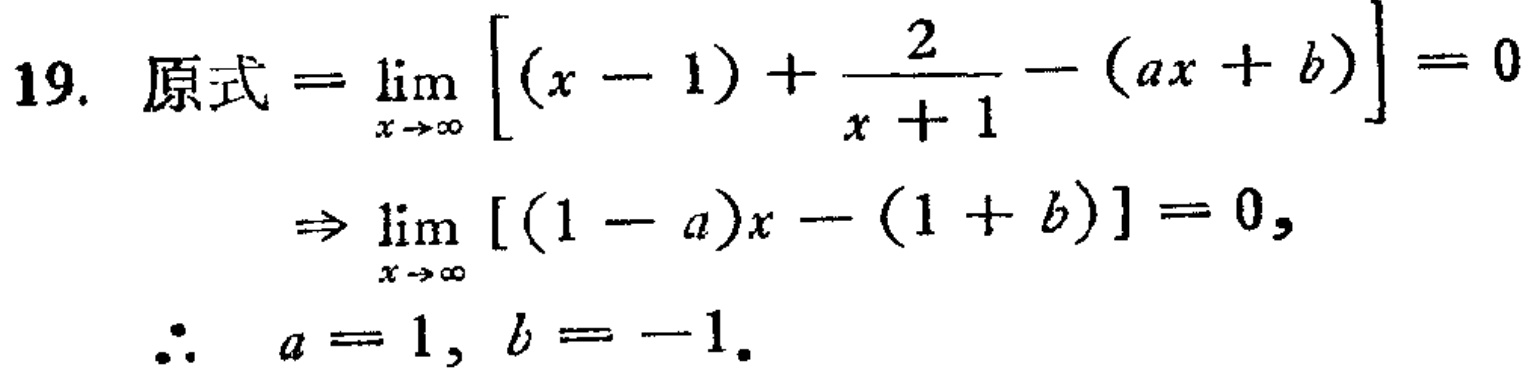
\[
\begin{align*}
19.\ 原式&=\lim_{x \to \infty} \left[(x - 1)+\frac{2}{x + 1}-(ax + b)\right]=0\\
&\Rightarrow\lim_{x \to \infty} [(1 - a)x-(1 + b)] = 0,\\
\therefore\ a&=1,\ b=-1.
\end{align*}
\]